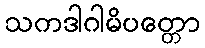
သကဒါဂါမိပတ္တော